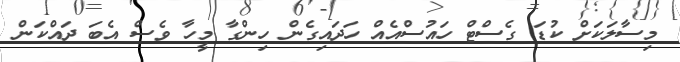
މިސާލަކަށް ކުޑަ ގެސްޓް ހައުސްއެއް ހަދައިގެން ހިންގާ މީހާ ވެސް އެބަ ދައްކަން